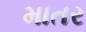
માતર